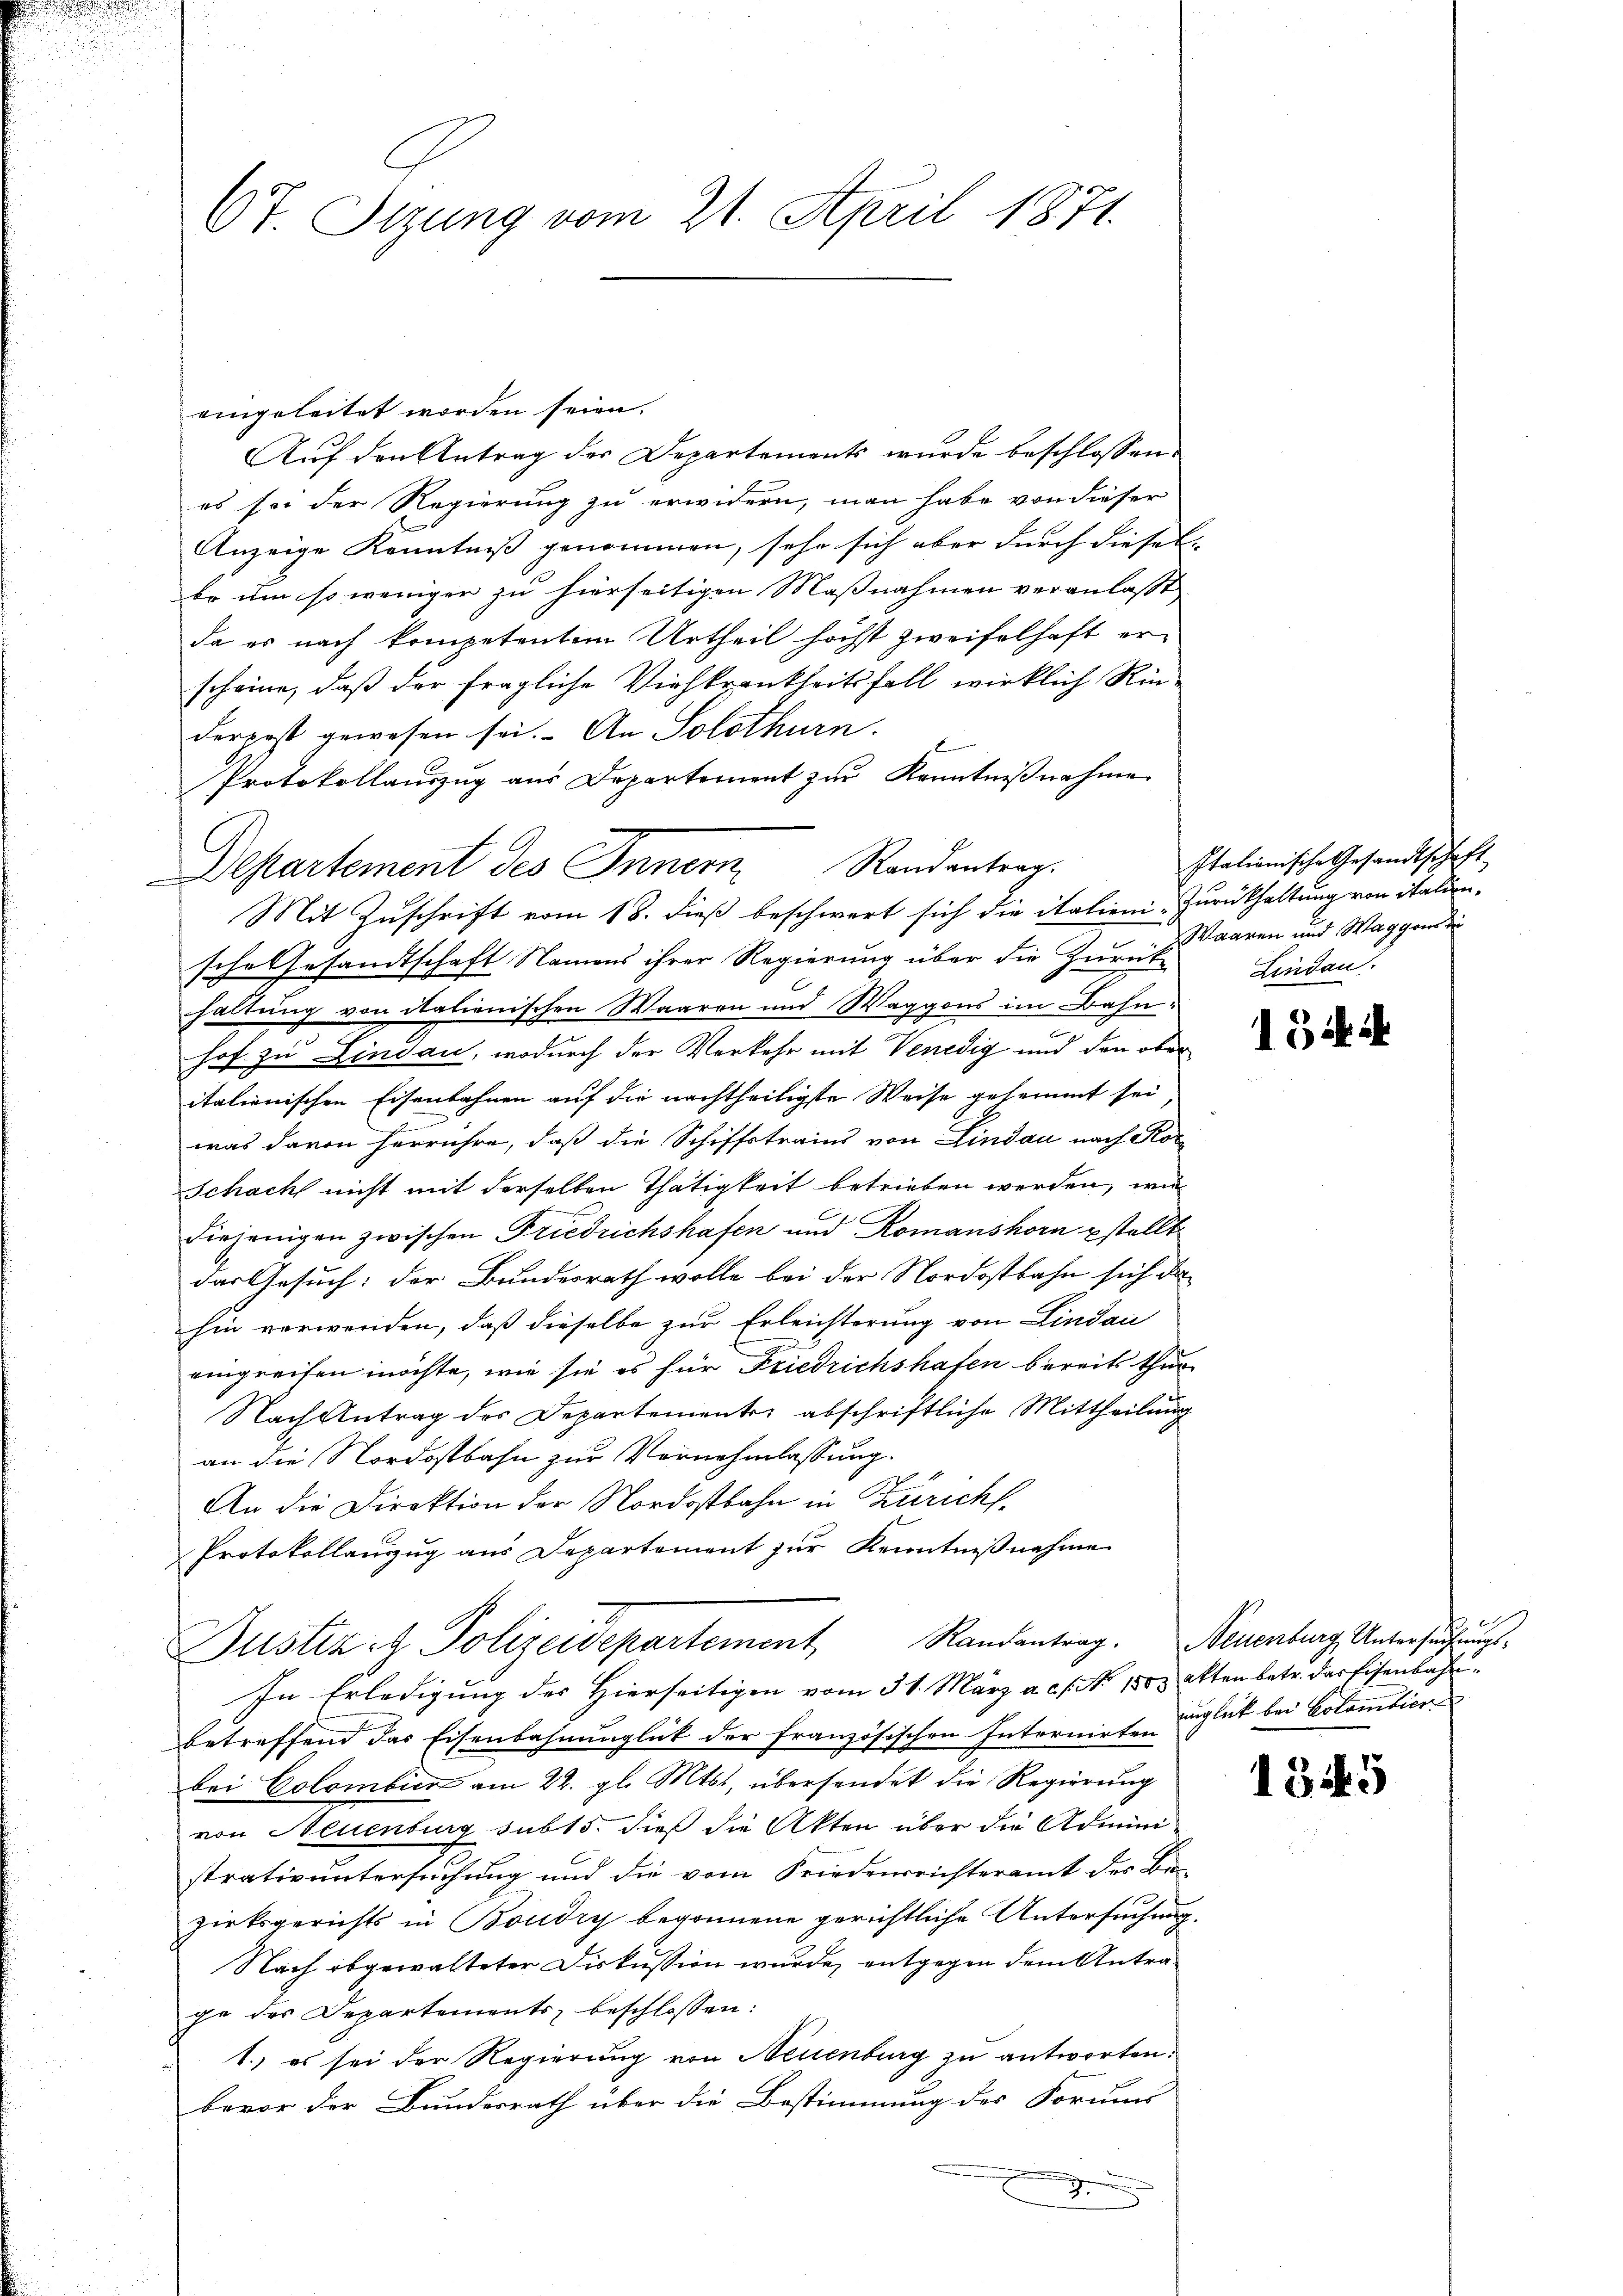
67. Sizung vom 21. April 1871.

eingeleitet worden seien.
Auf den Antrag des Departements wurde beschlossen:
es sei der Regierung zu erwidern, man habe von dieser
Anzeige Kenntniß genommen, sehr sich aber durch diesel
be um so weniger zu hierseitigen Maßnahmen veranlaßt
da er nach kompetentem Urtheil höchst zweifelhaft ern
scheine, daß der fragliche Viehkrankheitsfall wirklich Rinderpost gewesen sei. An Solothurn.
Protokollaŭszŭg aŭs Departement zur Kenntniβnahme
sche Gesandtschaft Namens ihrer Regierung über die Herr Baaren und Waggond di
haltung von italienischen Waaren und Waggons im Bahnhof zu Lindau, wodurch der Verkehr mit Venedig und den ober
italienischen Eisenbahnen auf die nachtheiligste Weise gesammt sei
was davon herrühre, daß die Schiffstrains von Lindau nach Kor¬
Schach nicht mit derselben Thätigkeit betrieben werden, wie
diejenigen zwischen Friedrichshafen und Romanshorn stellte
das Gesuch: der Bundesrath wolle bei der Nordostbahn sich da
hin verwenden, daß dieselbe zur Erleichterung von Lindau
eingreifen möchte, wie sie es für Friedrichshafen bereits thur
Nach Antrag des Departementre abschriftliche Mittheilung
an die Nordostbahn zur Vornehmlassung.
An die Direktion der Nordostbahn in Zürich.
Protokollauszug aus Departement zur Kenntnißnahme
Bustiz- & Polizeidepartement Randantrag. Neuenburg, Untersuchungs¬
In Erledigung des Hierseitigen vom 31. März a.c. s. No. 1503 Akten betr. das Eisenbahnbetreffend das Eisenbahnŭnglück der französischen Internirte zugleit bei Colombier
bei Colombier am 22. gl. Mts., übersendet die Regierung
von Neuenburg sub 15. dieß die Akten über die Administrativ untersuchung und die vom Friedensrichteramt des Bü
zirksgerichts in Boudry begonnene gerichtliche Untersuchung.
Nach abgewalteter Diskussion wurde, entgegen dem Antrage des Departements, beschlossen:
1. es sei der Regierung von Neuenburg zu antworten.
bevor der Bundesrath über die Bestimmung des Formens
d

Departement des Innern, Randentrag.
Mit Zuschrift vom 18. dieß beschwert sich die italieni - Zurückhaltung von italien-

Italienische Gesandtschaft
Lindau.

134.

lf

1345